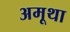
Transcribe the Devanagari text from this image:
अमूथा